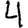
Digit: 4